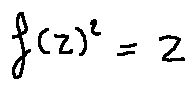
f ( z ) ^ { 2 } = z